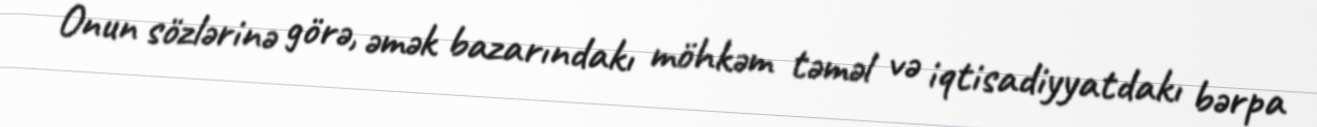
Onun sözlərinə görə, əmək bazarındakı möhkəm təməl və iqtisadiyyatdakı bərpa